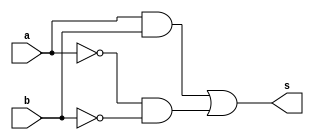
//---------------------
// Exemplo0012 - XNOR
// Nome: Miguel Sousa
//---------------------

//---------------------
//--xnor gate
//---------------------
module xnorgate (output s,
					  input  a,
					  input  b);
  assign s = ( (a & b)|(~a & ~b) );
endmodule // xnor

//---------------------
//--test xnor gate
//---------------------
module testxnorgate;
//-------------------------dados locais
reg a, b; // definir registradores
wire s;
			// definir conexao (fio)
//-------------------------instancia
xnorgate XNOR1 (s, a, b);
//-------------------------preparacao
initial begin:start
				// atribuicao simultanea
				// dos valores iniciais
 a=0; b=0; a=0; b=0;
end
//-------------------------parte principal

initial begin
	$display("Exemplo0012 - Miguel Sousa - 463985");
	$display("Test XNOR gate");
	$display("\n(a & b)|(~a & ~b) = s\n");
	a=0; b=0; a=0; b=0;
#1	$display("(%b & %b)|(~%b & ~%b) = %b", a, b, a, b, s);
	a=0; b=1; a=0; b=1;
#1	$display("(%b & %b)|(~%b & ~%b) = %b", a, b, a, b, s);
	a=1; b=0; a=1; b=0;
#1	$display("(%b & %b)|(~%b & ~%b) = %b", a, b, a, b, s);
	a=1; b=1; a=1; b=1;
#1	$display("(%b & %b)|(~%b & ~%b) = %b", a, b, a, b, s);
end

endmodule // testxnorgate